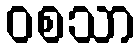
ဝစသာ